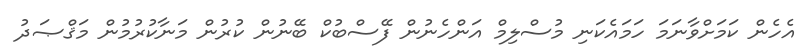
އެހެން ކަމަށްވާނަމަ ހަމައެކަނި މުސްލިމް އަންހެނުން ފޭސްބުކް ބޭނުން ކުރުން މަނާކުރުމުން މަޤްޞަދު